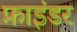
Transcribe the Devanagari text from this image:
फ़ाइंडर